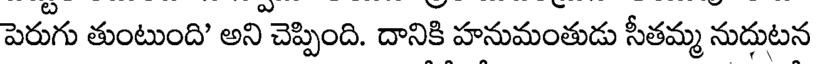
పెరుగు తుంటుంది' అని చెప్పింది. దానికి హనుమంతుడు సీతమ్మ నుదుటన